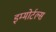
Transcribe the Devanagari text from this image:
इम्मोर्टल्स